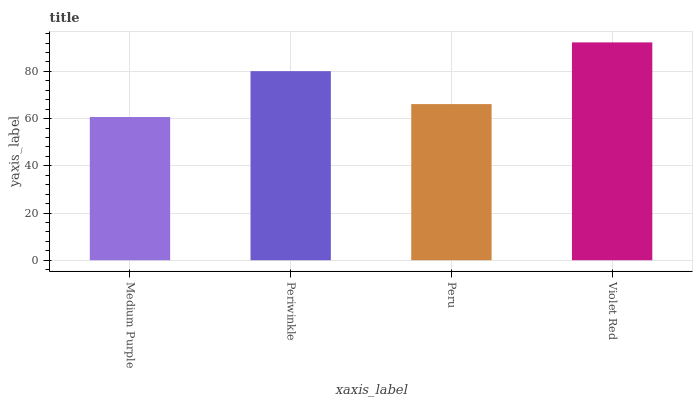
| xaxis_label | bars |
 | --- | --- |
 | Medium Purple | 60.7 |
 | Periwinkle | 80.1 |
 | Peru | 66.2 |
 | Violet Red | 92.3 |